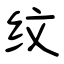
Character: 纹